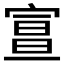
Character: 𡩦